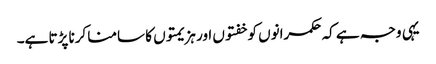
یہی وجہ ہے کہ حکمرانوں کو خفتوں اور ہزیمتوں کا سامنا کرنا پڑتا ہے۔